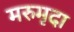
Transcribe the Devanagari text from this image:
मरुमृदा